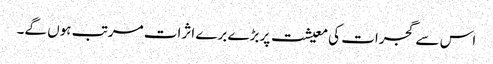
اس سے گجرات کی معیشت پر بڑے برے اثرات مرتب ہوں گے۔